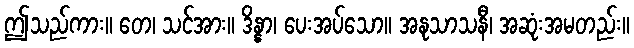
ဤသည်ကား။ တေ၊ သင်အား။ ဒိန္နာ၊ ပေးအပ်သော။ အနုသာသနီ၊ အဆုံးအမတည်း။